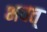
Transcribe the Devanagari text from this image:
भवत्